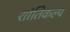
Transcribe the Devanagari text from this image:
शांतिकल्प